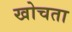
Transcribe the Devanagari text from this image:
खोचता